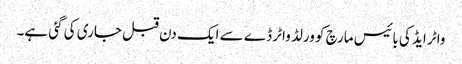
واٹر ایڈ کی بائیس مارچ کو ورلڈ واٹر ڈے سے ایک دن قبل جاری کی گئی ہے۔